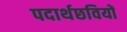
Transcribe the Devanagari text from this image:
पदार्थछवियों